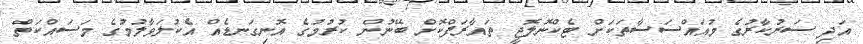
އަދި ސަރުކާރުގެ މުއައްސަސާތަކަށް ޓެކްނޮލޮޖީ ތައާރަފްކޮށް ބޭނުން ކުރުމުގެ އޮނިގަނޑެއް އެކުލަވާލުމުގެ މަސައްކަތް